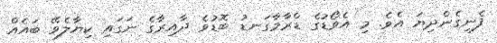
ފެނިގެންދިޔަ އެވެ. މި އެވޯޑުގެ ޑްރާމާގަނޑު ބޮޑުވެ ދާއިރާގެ ނަގައި ކިޔާލެވޭ ބައެއް